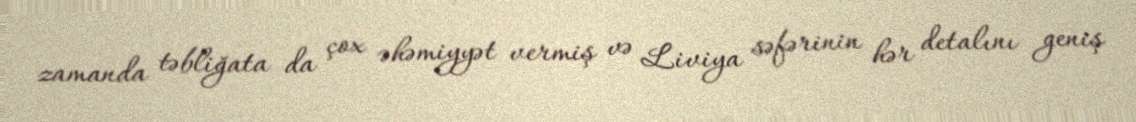
zamanda təbliğata da çox əhəmiyyət vermiş və Liviya səfərinin hər detalını geniş